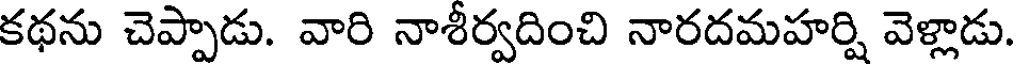
కథను చెప్పాడు. వారి నాశీర్వదించి నారదమహర్షి వెళ్లాడు.